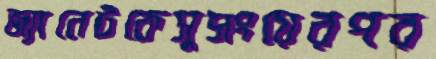
জ্যানেটকেসুসংয়েরপর